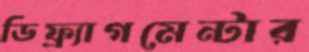
ডিফ্র্যাগমেন্টার